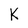
Character: K